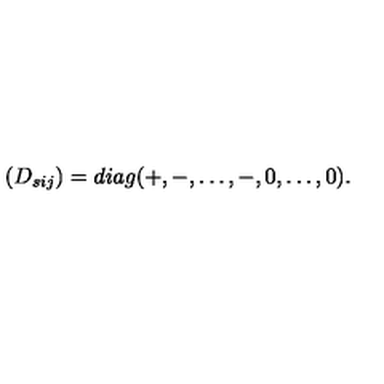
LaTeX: ( D _ { s i j } ) = d i a g ( + , - , \dots , - , 0 , \dots , 0 ) .